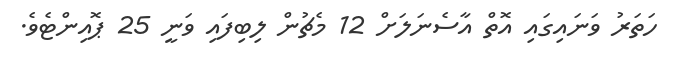
ހަތަރު ވަނައިގައި އޮތް އާސެނަލަށް 12 މެޗުން ލިބިފައި ވަނީ 25 ޕޮއިންޓެވެ.